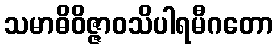
သမာဓိဝိဇ္ဇာဝသိပါရမီဂတော